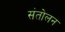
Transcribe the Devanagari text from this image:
संतोलन